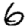
Digit: 6